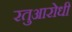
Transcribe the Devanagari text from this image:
रतुआरोधी